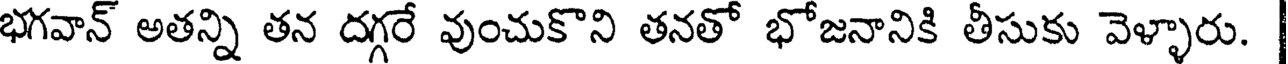
భగవాన్ అతన్ని తన దగ్గరే వుంచుకొని తనతో భోజనానికి తీసుకు వెళ్ళారు.